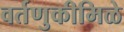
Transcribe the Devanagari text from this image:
वर्तणुकीमिळे